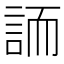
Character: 䛔